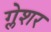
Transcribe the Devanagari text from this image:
ग्लेशर